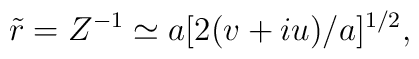
\tilde r = Z^{-1} \simeq a[2(v+iu)/a]^{1/2},